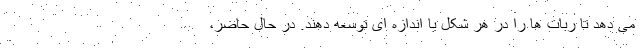
می دهد تا ربات ها را در هر شکل یا اندازه ای توسعه دهند. در حال حاضر،